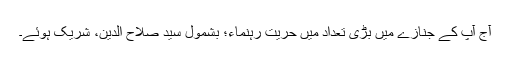
آج آپ کے جنازے میں بڑی تعداد میں حریت رہنماء؛ بشمول سید صلاح الدین، شریک ہوئے۔